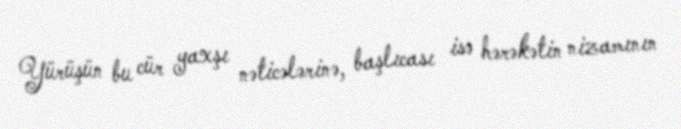
Yürüşün bu cür yaxşı nəticələrinə, başlıcası isə hərəkətin nizamının